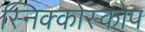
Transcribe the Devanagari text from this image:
स्निक्कोस्कोप